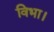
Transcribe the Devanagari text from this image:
विभा।